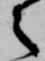
之